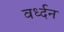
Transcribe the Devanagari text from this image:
वर्ध्दन